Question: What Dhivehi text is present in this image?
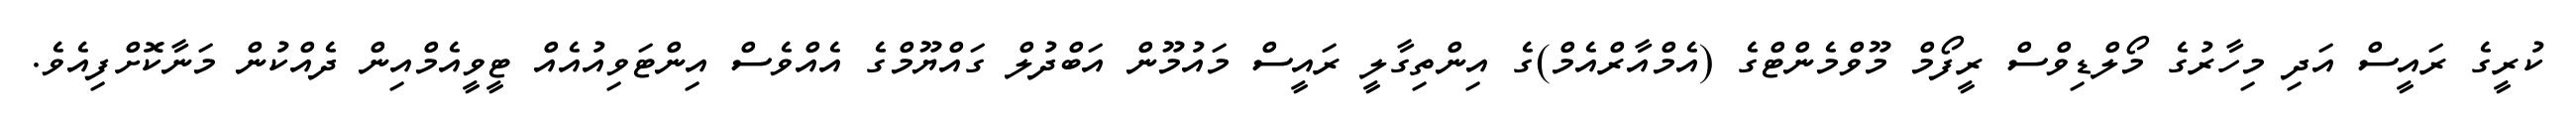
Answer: ކުރީގެ ރައީސް އަދި މިހާރުގެ މޯލްޑިވްސް ރީފޯމް މޫވްމެންޓްގެ (އެމްއާރްއެމް)ގެ އިންތިގާލީ ރައީސް މައުމޫން އަބްދުލް ގައްޔޫމްގެ އެއްވެސް އިންޓަވިއުއެއް ޓީވީއެމްއިން ދެއްކުން މަނާކޮށްފިއެވެ.